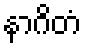
နာဂိတံ